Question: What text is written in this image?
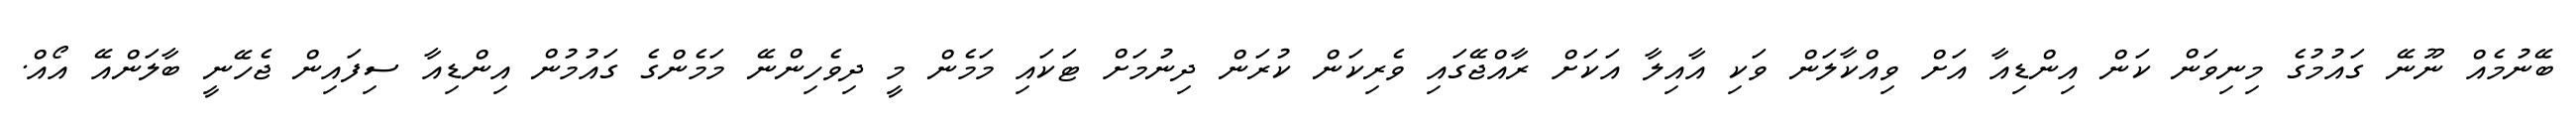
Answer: ބޭނުމެއް ނޫނޭ ގައުމުގެ މިނިވަން ކަން އިންޑިއާ އަށް ވިއްކާލަން ވަކި އާއިލާ އަކަށް ރާއްޖޭގައި ވެރިކަން ކުރަން ދިނުމަށް ޓަކައި މަމެން މީ ދިވެހިންނޭ މަމެންގެ ގައުމުން އިންޑިއާ ސިފައިން ޖެހޭނީ ބާލަންއޭ އޯއް.